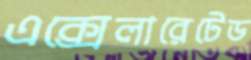
এক্সেলারেটেড